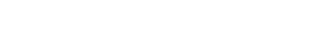
မာယာစသည်တို့ကို ရုပ်ရှင် ရိုက်ကူးခဲ့ရသည်။